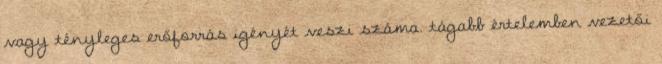
vagy tényleges erőforrás igényét veszi száma. tágabb értelemben vezetői